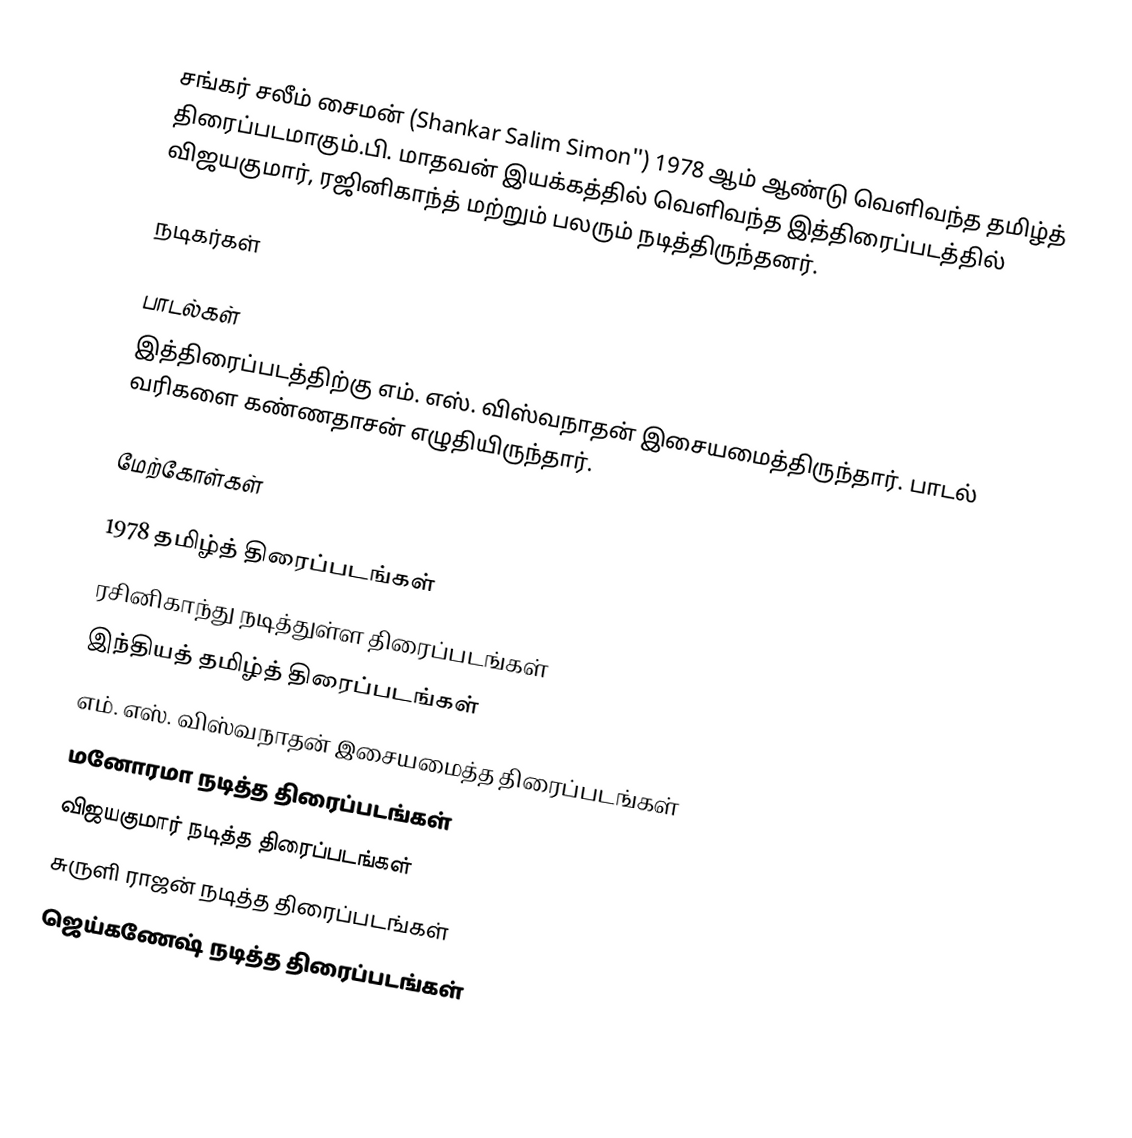
சங்கர் சலீம் சைமன் (Shankar Salim Simon'') 1978 ஆம் ஆண்டு வெளிவந்த தமிழ்த் திரைப்படமாகும்.பி. மாதவன் இயக்கத்தில் வெளிவந்த இத்திரைப்படத்தில் விஜயகுமார், ரஜினிகாந்த் மற்றும் பலரும் நடித்திருந்தனர்.

நடிகர்கள்

பாடல்கள்
இத்திரைப்படத்திற்கு எம். எஸ். விஸ்வநாதன் இசையமைத்திருந்தார். பாடல் வரிகளை கண்ணதாசன் எழுதியிருந்தார்.

மேற்கோள்கள்

1978 தமிழ்த் திரைப்படங்கள்
ரசினிகாந்து நடித்துள்ள திரைப்படங்கள்
இந்தியத் தமிழ்த் திரைப்படங்கள்
எம். எஸ். விஸ்வநாதன் இசையமைத்த திரைப்படங்கள்
மனோரமா நடித்த திரைப்படங்கள்
விஜயகுமார் நடித்த திரைப்படங்கள்
சுருளி ராஜன் நடித்த திரைப்படங்கள்
ஜெய்கணேஷ் நடித்த திரைப்படங்கள்